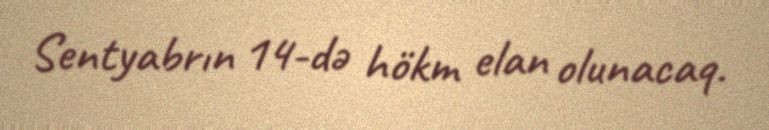
Sentyabrın 14-də hökm elan olunacaq.